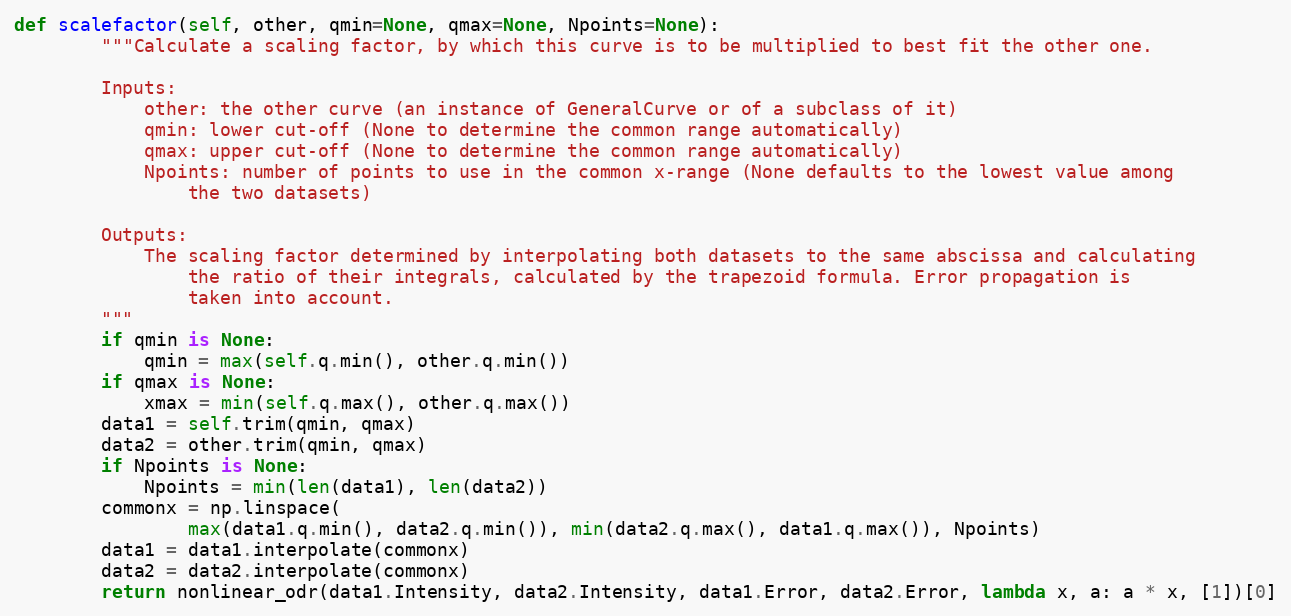
Language: Python
def scalefactor(self, other, qmin=None, qmax=None, Npoints=None):
        """Calculate a scaling factor, by which this curve is to be multiplied to best fit the other one.

        Inputs:
            other: the other curve (an instance of GeneralCurve or of a subclass of it)
            qmin: lower cut-off (None to determine the common range automatically)
            qmax: upper cut-off (None to determine the common range automatically)
            Npoints: number of points to use in the common x-range (None defaults to the lowest value among
                the two datasets)

        Outputs:
            The scaling factor determined by interpolating both datasets to the same abscissa and calculating
                the ratio of their integrals, calculated by the trapezoid formula. Error propagation is
                taken into account.
        """
        if qmin is None:
            qmin = max(self.q.min(), other.q.min())
        if qmax is None:
            xmax = min(self.q.max(), other.q.max())
        data1 = self.trim(qmin, qmax)
        data2 = other.trim(qmin, qmax)
        if Npoints is None:
            Npoints = min(len(data1), len(data2))
        commonx = np.linspace(
                max(data1.q.min(), data2.q.min()), min(data2.q.max(), data1.q.max()), Npoints)
        data1 = data1.interpolate(commonx)
        data2 = data2.interpolate(commonx)
        return nonlinear_odr(data1.Intensity, data2.Intensity, data1.Error, data2.Error, lambda x, a: a * x, [1])[0]